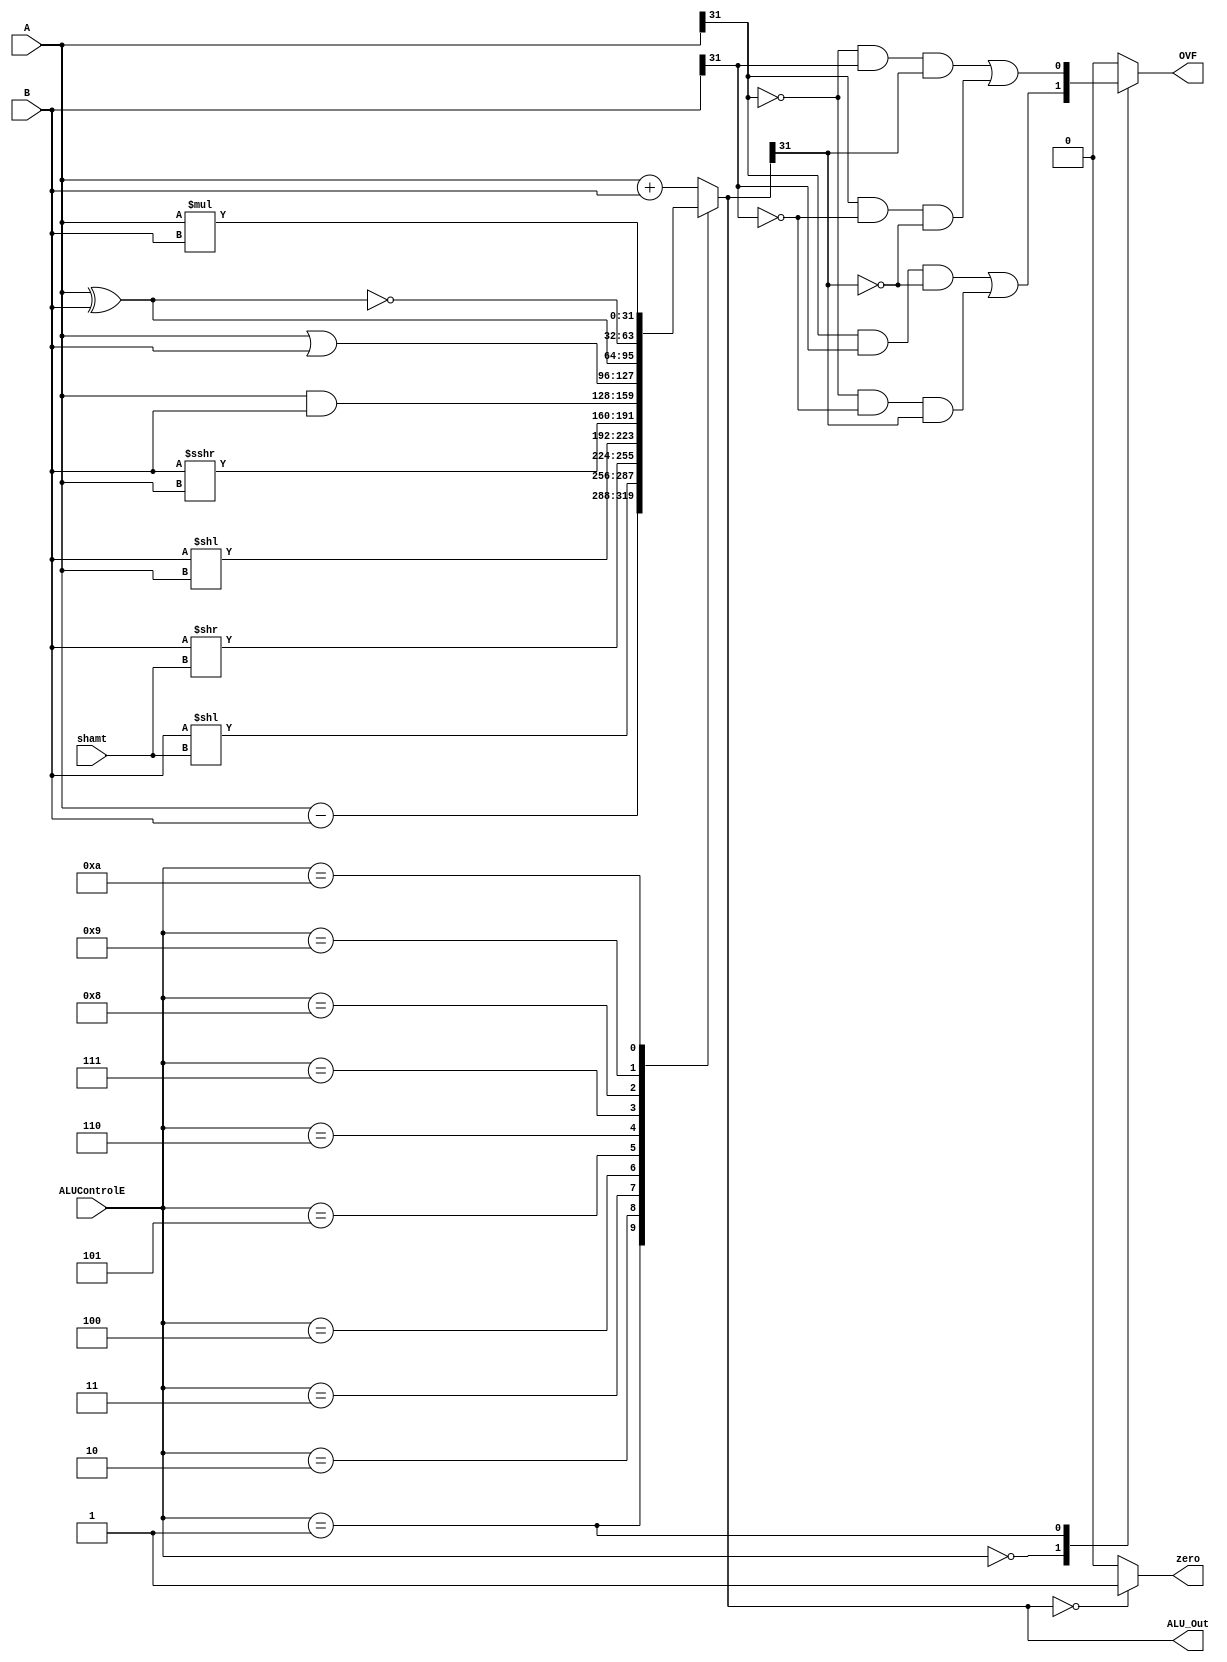
`timescale 1ns / 1ps

module alu # ( parameter WL = 32 )
(
    input signed [WL - 1 : 0] A, B,
    input [4 : 0] shamt,
    input [3 : 0] ALUControlE,
    output reg zero,
    output reg signed [WL - 1 : 0] ALU_Out,
    output reg OVF
);
    always @(*)
    begin
        case(ALUControlE)
        4'b0000: // Addition
           ALU_Out <= A + B;
        4'b0001: // Subtraction
           ALU_Out <= A - B;
        4'b0010: // Logical shift-left
           ALU_Out <= B << shamt;
        4'b0011: // Logical shift-right
           ALU_Out <= B >> shamt;
        4'b0100: // Logical variable shift-left
           ALU_Out <= B << A;
        4'b0101: // Logical variabel shift-right
           ALU_Out <= B >>> A;
        4'b0110: //  Bitwise and
           ALU_Out <= A & B;
        4'b0111: //  Bitwise or
           ALU_Out <= A | B;
        4'b1000: //  Bitwise xor
           ALU_Out <= A ^ B;
        4'b1001: // Logical xnor
           ALU_Out <= ~(A ^ B);
        4'b1010: // Multiplication
           ALU_Out <= A * B;
          default: ALU_Out <= A + B;
        endcase
        if(ALU_Out == 0) zero <= 1;     // Zero Flag
        else zero <= 0;                 // Zero Flag
    end
    
    always @ (*)                     // Check for overflow
    case (ALUControlE)               // Check for overflow
        4'b0000: OVF <= ( A[WL - 1] & B[WL - 1] & ~ALU_Out[WL - 1] ) | ( ~A[WL - 1] & ~B[WL - 1] & ALU_Out[WL - 1] );
        4'b0001: OVF <= ( ~A[WL - 1] & B[WL - 1] & ALU_Out[WL - 1] ) | ( A[WL - 1] & ~B[WL - 1] & ~ALU_Out[WL - 1] );
        default: OVF <= 1'b0;
    endcase
endmodule